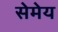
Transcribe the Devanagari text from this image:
सेमेय